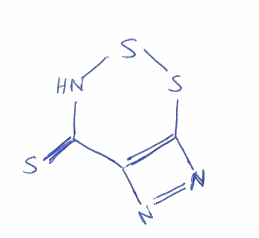
Simplified molecular-input line-entry system (SMILES) notation of the given molecule:
C12=C(N=N1)SSNC2=S